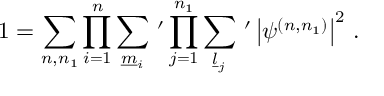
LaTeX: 1 = \sum _ { n , n _ { 1 } } \prod _ { i = 1 } ^ { n } \sum _ { \underline { { { m } } } _ { i } } \, ^ { \prime } \prod _ { j = 1 } ^ { n _ { 1 } } \sum _ { \underline { { { l } } } _ { j } } \, ^ { \prime } \left| \psi ^ { ( n , n _ { 1 } ) } \right| ^ { 2 } \, .